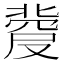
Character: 𠭼